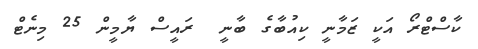
ކާސްޓްރޯ އަކީ ޒަމާނީ ކިއުބާގެ ބާނީ  ރައީސް ޔާމީން 25 މިނެޓް